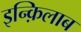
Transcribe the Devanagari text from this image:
इन्क़िलाब